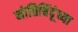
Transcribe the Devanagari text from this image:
मोतिबिंदूंच्या